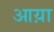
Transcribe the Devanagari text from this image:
आय़ा